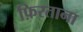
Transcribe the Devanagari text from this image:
फ़िरताना